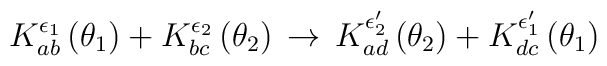
K^{\epsilon _{1}}_{ab}\left( \theta _{1}\right) +K^{\epsilon _{2}}_{bc}\left( \theta _{2}\right) \, \rightarrow \, K^{\epsilon '_{2}}_{ad}\left( \theta _{2}\right) +K^{\epsilon '_{1}}_{dc}\left( \theta _{1}\right)